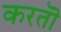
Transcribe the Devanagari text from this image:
करतॊ